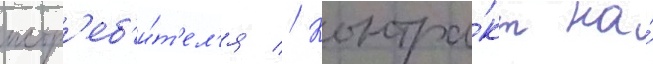
истр'еб'и́т'ел'я // Контра́кт на́